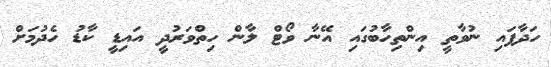
ހަދާފައި ނުވާތީ އިންތިހާބުގައި އޭނާ ވޯޓް ލާން ހިތްވަރުދީ އައިޑީ ކާޑު ހެދުމަށް